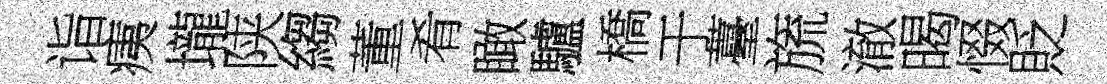
诣痍壠陕縐董肴瞰驢橋于薹旒澈暍惙貶